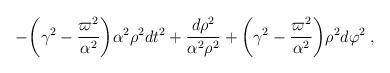
LaTeX: \begin{align*}-{\biggl (}\gamma^2-\frac{\varpi^2}{\alpha^2} {\biggr )} \alpha^2 \rho^2 dt^2+ \frac{d \rho^2}{ \alpha^2 \rho^2}+{\biggl (}\gamma^2-\frac{\varpi^2}{\alpha^2} {\biggr )} \rho^2 d \varphi^2 \:, \end{align*}